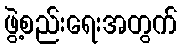
ဖွဲ့စည်းရေးအတွက်